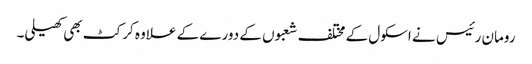
رومان رئیس نے اسکول کے مختلف شعبوں کے دورے کے علاوہ کرکٹ بھی کھیلی۔